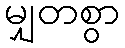
မျှတစွာ